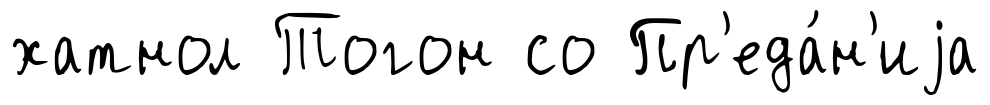
хатнол Тогон со Пр'еда́н'иjа